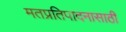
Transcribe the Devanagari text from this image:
मतप्रतिपादनासाठी